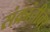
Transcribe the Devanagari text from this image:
संक्रांतीवर